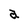
Character: a